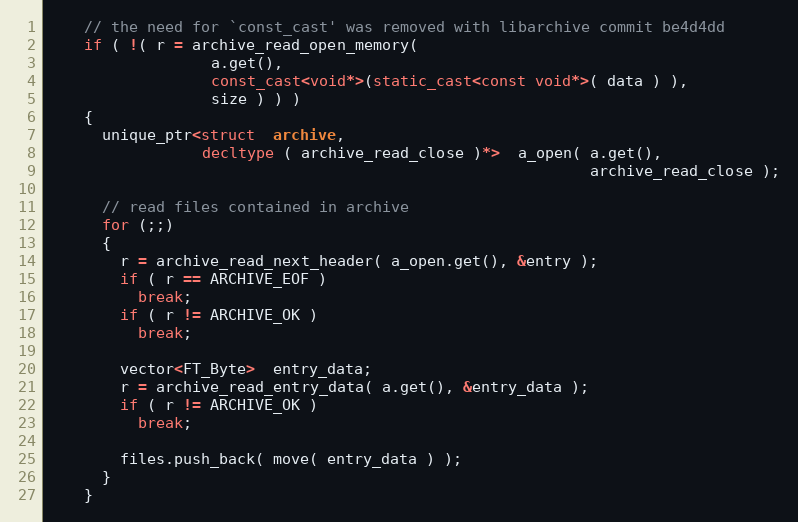
Language: C++
    // the need for `const_cast' was removed with libarchive commit be4d4dd
    if ( !( r = archive_read_open_memory(
                  a.get(),
                  const_cast<void*>(static_cast<const void*>( data ) ),
                  size ) ) )
    {
      unique_ptr<struct  archive,
                 decltype ( archive_read_close )*>  a_open( a.get(),
                                                            archive_read_close );

      // read files contained in archive
      for (;;)
      {
        r = archive_read_next_header( a_open.get(), &entry );
        if ( r == ARCHIVE_EOF )
          break;
        if ( r != ARCHIVE_OK )
          break;

        vector<FT_Byte>  entry_data;
        r = archive_read_entry_data( a.get(), &entry_data );
        if ( r != ARCHIVE_OK )
          break;

        files.push_back( move( entry_data ) );
      }
    }